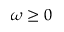
\omega \ge 0